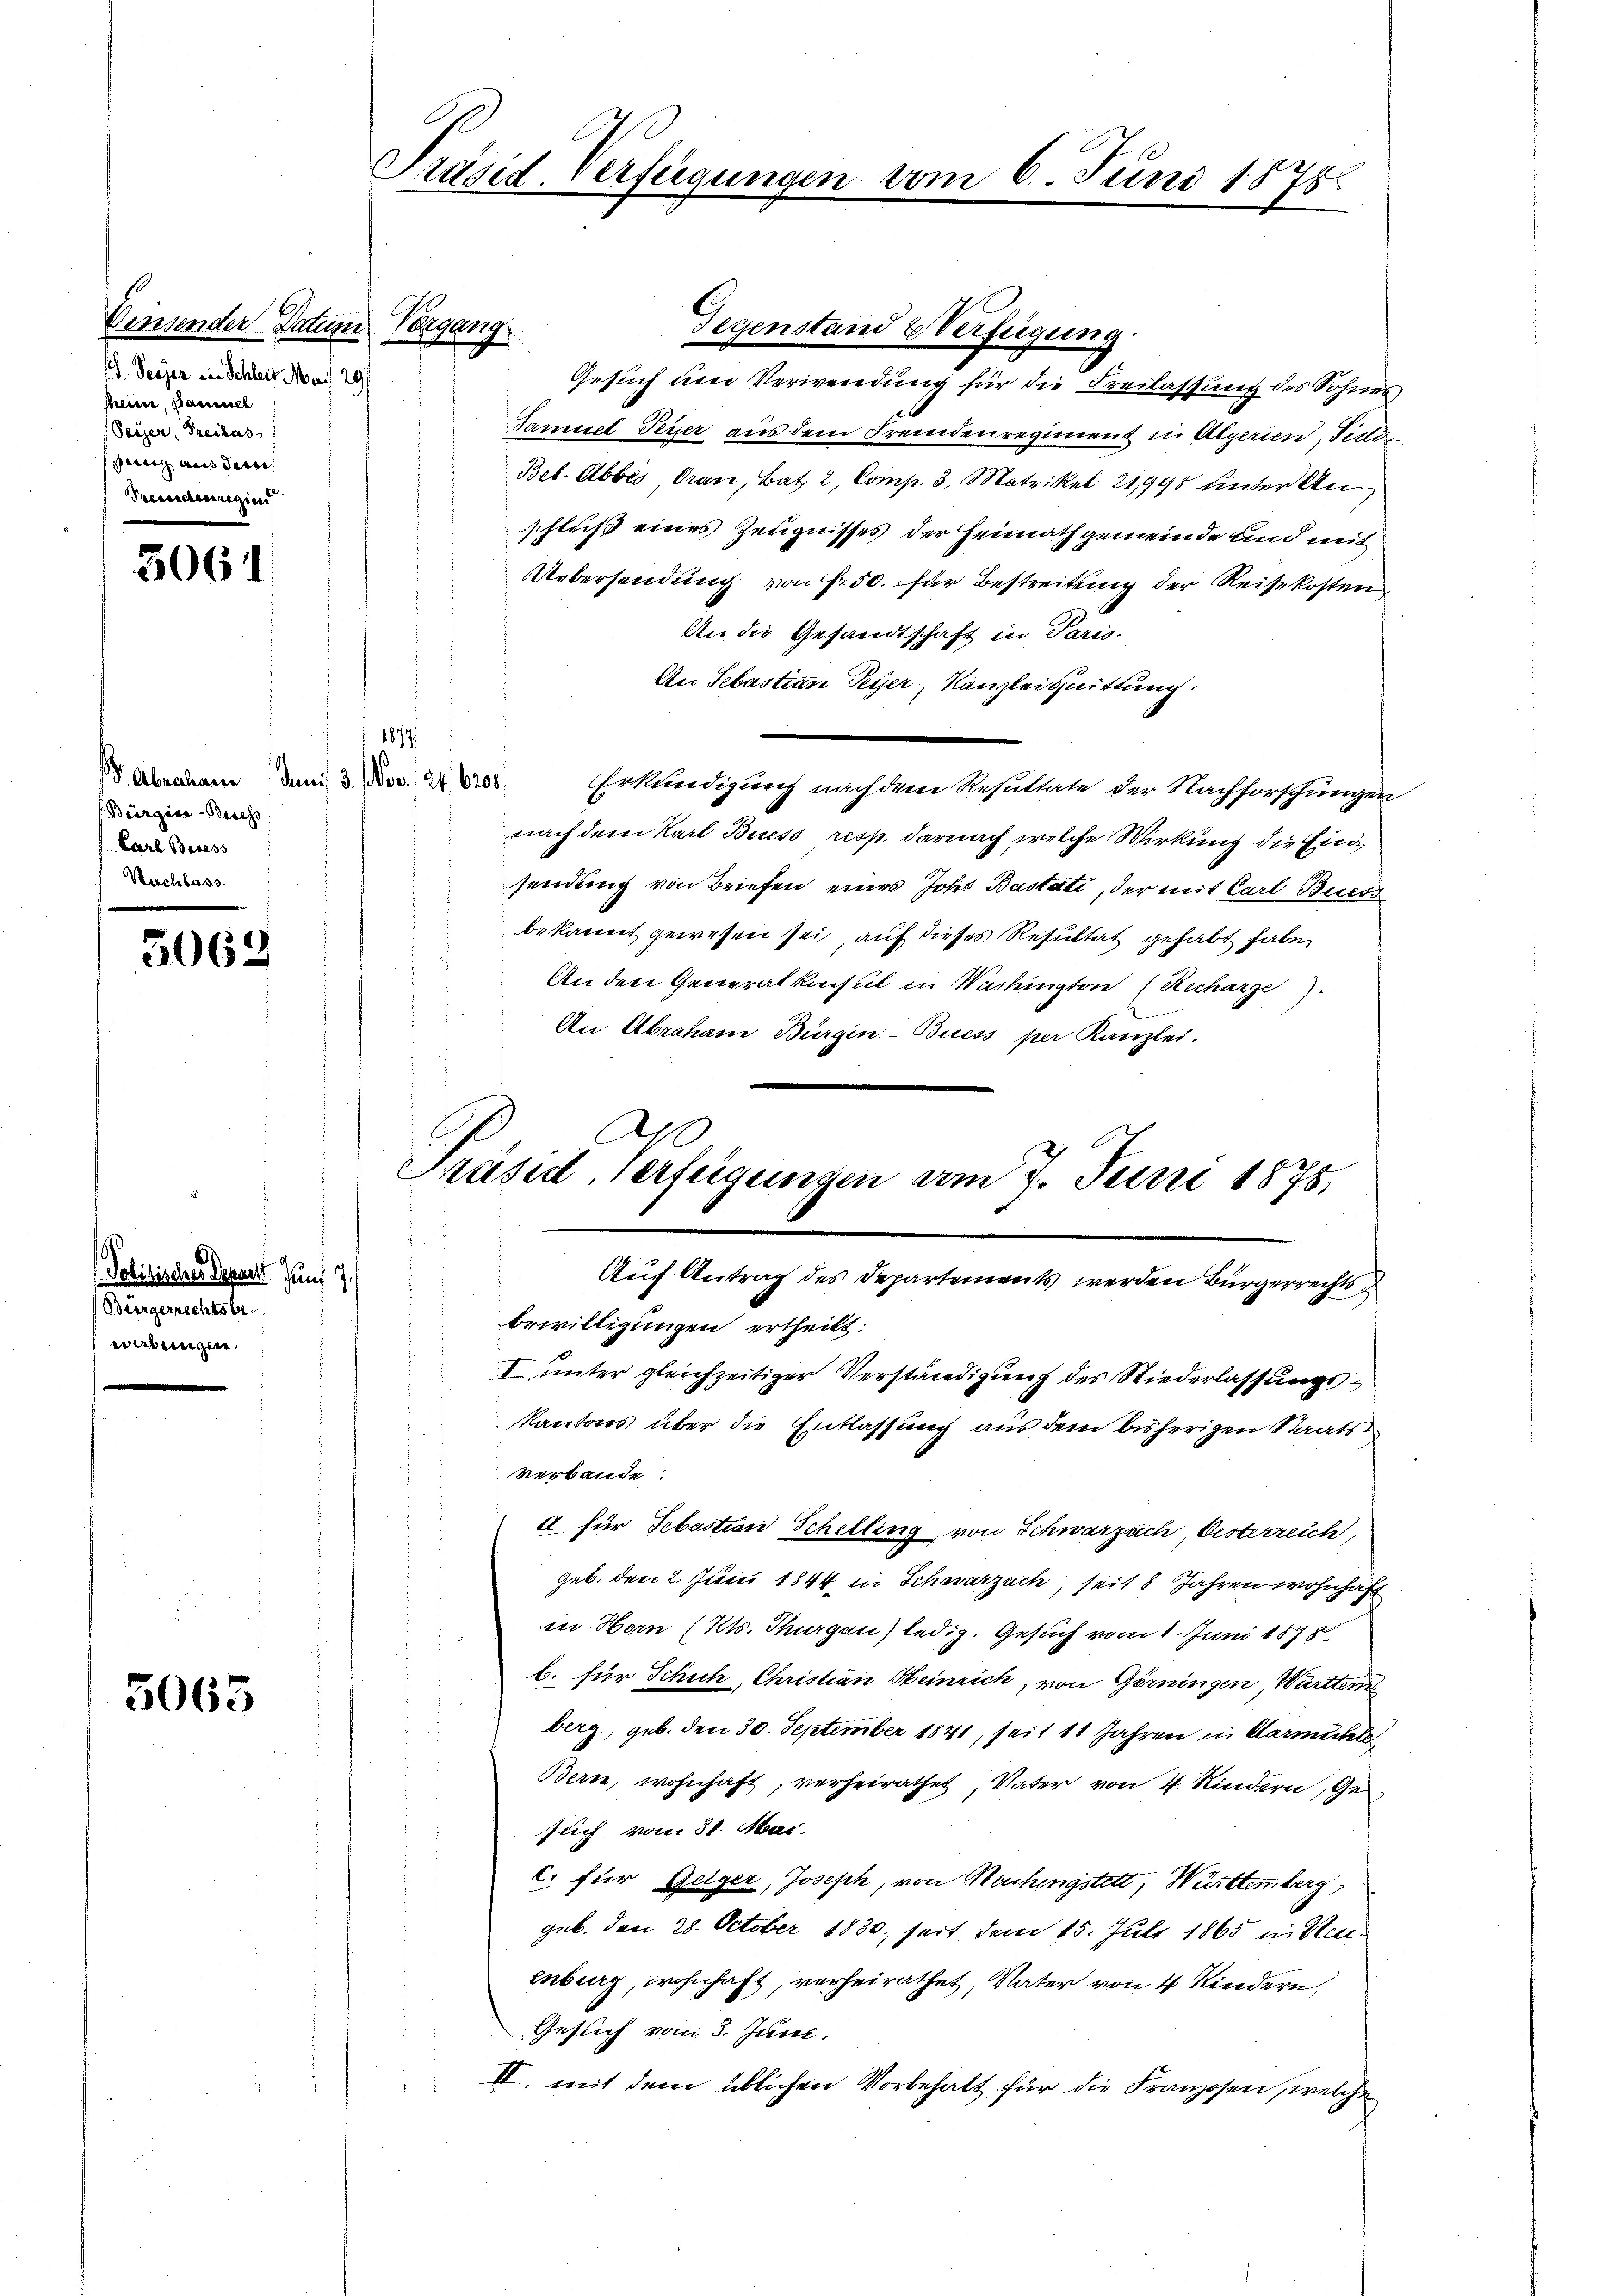
Einsender Datum Vergang
h. Reiser in Schleif Mai 297.
sheine, Famill
Seizer, Freihas
sperg aus der
Fremdenregun

5064

Bürgica-Beress
f Carl Beress
Nachlass.

5062

Politisches Depart Juni 7.
 Bürgerschtsbe
werungen.

5065

Präsid. Verfügungen vom 6. Juni 1875.

Gesuch um Verwendung für die Freilassung des Sohnes
Samuel Peyer aus dem Fremdenregiment in Algerien, Feld
Bel. Abbes, Grau, Bat. 2, Comp. 3. Matrikel 21,995 unter Anschluß eines Zeugnisses der Heimathgemeinde und mit
Uebersendung von Fr. 50. für Bestreitung der Reisekosten
An die Gesandtschaft in Paris.
An Sebastian Peyer, Kanzlei Quittung
 Abendenen den 3. Nov. 278. Erkundigung nachdem Resultate der Nachforschungen
nach dem Karl Buess resp. darnach welche Wirkung die Einsendung von Briefen eines Josis Bastati, der mit Carl Buess
bekannt gewesen sei, auf dieses Resultat gehabt habe,
An den Generalkonsul in Washington (Recharge.
An Abrahane Bürgin.- Buess, per Kanzlei.
An
Präsid. Verfügungen am 7. Juni 1878

1874

Gegenstand Verfügung.

Auf Antrag des Departements werden Bürgerrechts
bewilligungen ertheilt:
I unter gleichzeitiger Verständigung des Niederlassungskantons über die Entlassung aus dem bisherigen Staats
verbande:
a für Sebastian Schelling, von Schwarzach, Oesterreich,
geb. den 2. Juni 1844 in Schwarzach, seit 8 Jahren wohnhaft
in Horn (Kts. Thurgau) ledig. Gesuch vom 1. Juni 1878
b. für Schuh, Christian Heinrich, von Görningen, Württer
berg, geb. den 30. September 1841, seit 11 Jahren in Darmühle
Bern, wohnhaft, verheirathet, Vater von 4 Kindern, Gesuch vom 31. Mai
C. für Geiger, Joseph, von Neuchengstett, Württemberg
geb. den 28. October 1830, seit dem 15. Juli 1865 in Re
enburg, wohnhaft, verheirathet, Vater von 4 Kindern,
Gesuch vom 3. Juni.
II. mit dem üblichen Vorbehalt für die Franzosen, welche
1